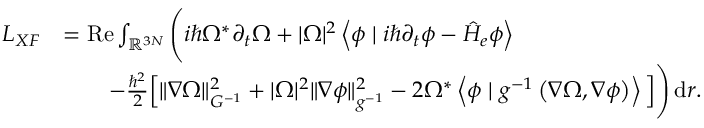
\begin{array} { r l } { L _ { X F } } & { = \operatorname { R e } \int _ { \ensuremath { \mathbb { R } } ^ { 3 N } } \Bigg ( i \hbar \Omega ^ { * } \partial _ { t } \Omega + | \Omega | ^ { 2 } \left\langle \phi \mid i \hbar \partial _ { t } \phi - \hat { H } _ { e } \phi \right\rangle } \\ & { \qquad - \frac { \hbar ^ { 2 } } { 2 } \Big [ \| \nabla \Omega \| _ { G ^ { - 1 } } ^ { 2 } + | \Omega | ^ { 2 } \| \nabla \phi \| _ { g ^ { - 1 } } ^ { 2 } - 2 \Omega ^ { * } \left\langle \phi \mid g ^ { - 1 } \left( \nabla \Omega , \nabla \phi \right) \right\rangle \Big ] \Bigg ) \, \mathrm { d } r . } \end{array}